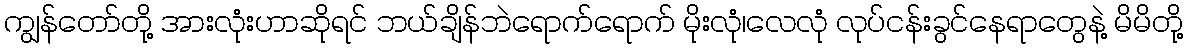
ကျွန်တော်တို့ အားလုံးဟာဆိုရင် ဘယ်ချိန်ဘဲရောက်ရောက် မိုးလုံ၊လေလုံ လုပ်ငန်းခွင်နေရာတွေနဲ့ မိမိတို့